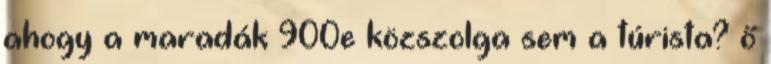
ahogy a maradák 900e közszolga sem a túrista? ő